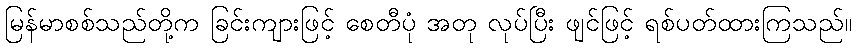
မြန်မာစစ်သည်တို့က ခြင်းကျားဖြင့် စေတီပုံ အတု လုပ်ပြီး ဖျင်ဖြင့် ရစ်ပတ်ထားကြသည်။